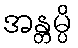
အန္တမ္ပိ